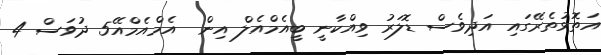
އަތޮޅުތެރޭގައި އަދިވެސް ޑޮލަރު ވިއްކާނީ ބީއެމްއެލް އިން  އެމްއެމްއޭ5 ދުވަސް 4